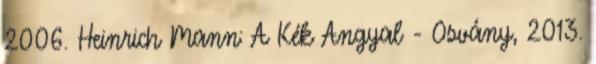
2006. Heinrich Mann: A Kék Angyal - Osvány, 2013.